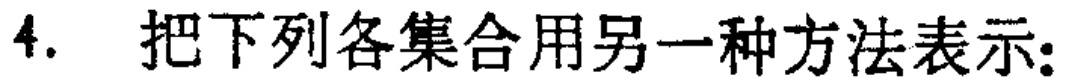
4. 把下列各集合用另一种方法表示：